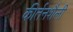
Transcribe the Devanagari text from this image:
कीर्तनशैली